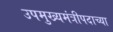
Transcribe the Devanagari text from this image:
उपमुख्यमंत्रीपदाच्या